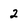
Character: 2